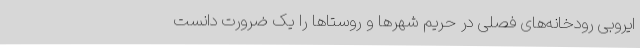
ایروبی رودخانه‌های فصلی در حریم شهرها و روستاها را یک ضرورت دانست